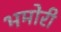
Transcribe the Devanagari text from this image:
भमोरी